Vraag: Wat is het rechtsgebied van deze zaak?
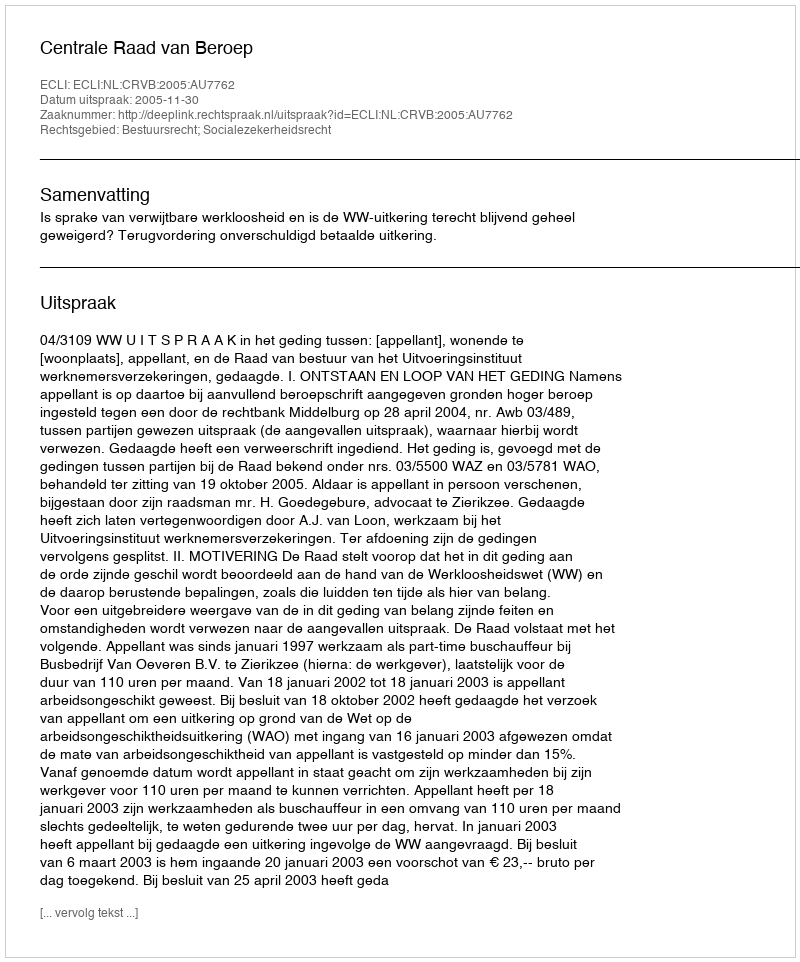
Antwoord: Bestuursrecht; Socialezekerheidsrecht